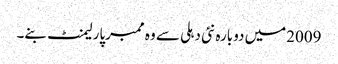
2009میں دوبارہ نئی دہلی سے وہ ممبرپارلیمنٹ بنے۔